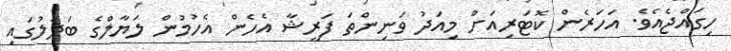
ހިގައްޖެއެވެ. އަހަރެން ކޮޓަރިއަށް މިއަދު ވަނިންތަ ފަރީޝާ އެހެން އެހުމުން ލަޔާލްގެ ބަދަލުގައި